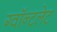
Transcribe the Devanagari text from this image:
ग्वॉन्टलेट